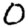
Digit: 0